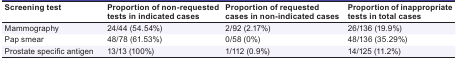
| Screening test | Proportion of non-requested tests in indicated cases | Proportion of requested cases in non-indicated cases | Proportion of inappropriate tests in total cases |
 | --- | --- | --- | --- |
 | Mammography | 24/44 (54.54%) | 2/92 (2.17%) | 26/136 (19.9%) |
 | Pap smear | 48/78 (61.53%) | 0/58 (0%) | 48/136 (35.29%) |
 | Prostate specific antigen | 13/13 (100%) | 1/112 (0.9%) | 14/125 (11.2%) |